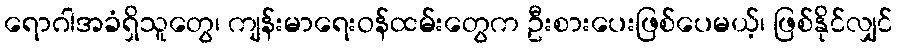
ရောဂါအခံရှိသူတွေ၊ ကျန်းမာရေးဝန်ထမ်းတွေက ဦးစားပေးဖြစ်ပေမယ့်၊ ဖြစ်နိုင်လျှင်